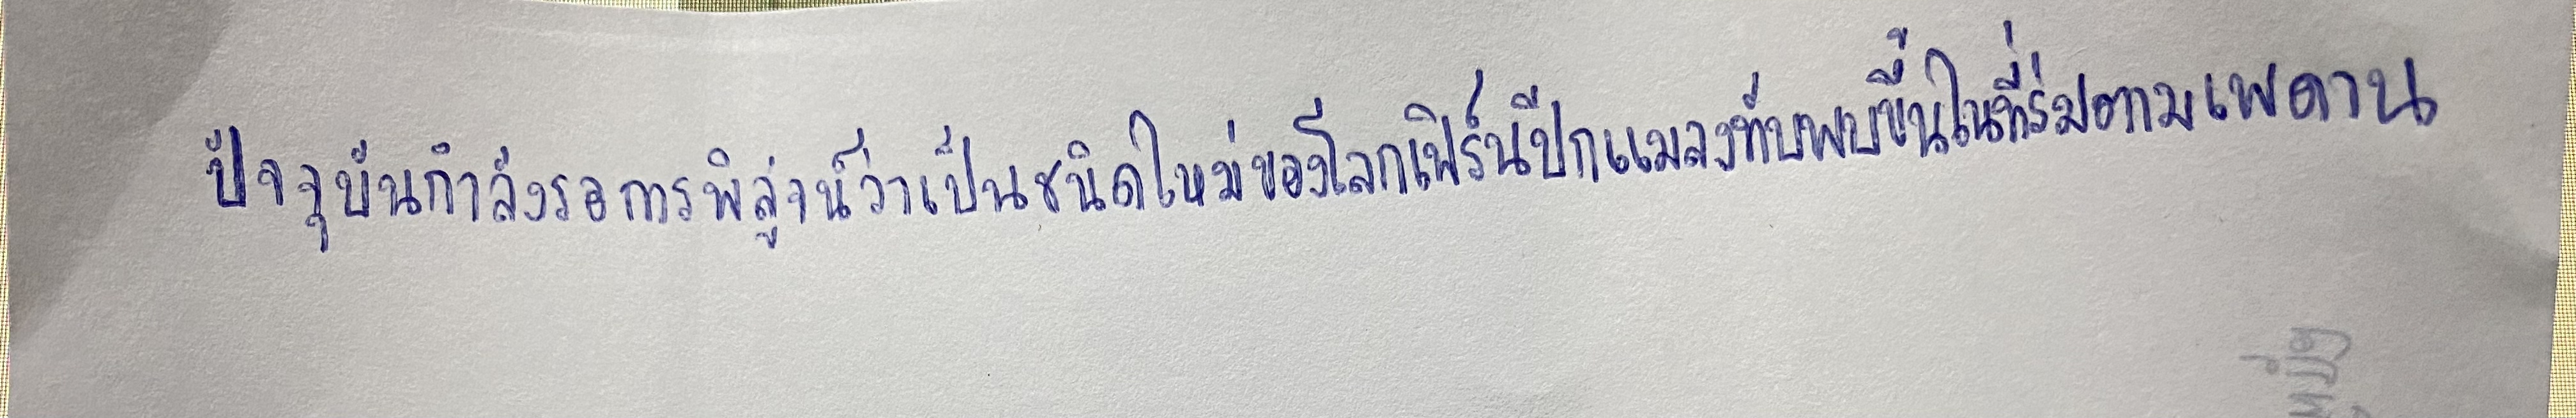
ปัจจุบันกำลังรอการพิสูจน์ว่าเป็นชนิดใหม่ของโลกเฟิร์นปีกแมลงทับพบขึ้นในที่ร่มตามเพดาน